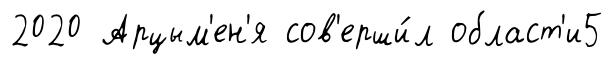
2020 Арцым'ен'я сов'ерши́л област'и5